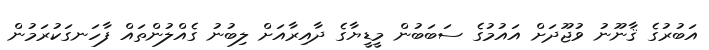
އަބުރުގެ ޤާނޫނު ވުޖޫދަށް އައުމުގެ ސަބަބުން މީޑީޔާގެ ދާއިރާއަށް ލިބުނު ގެއްލުންތައް ފާހަނގަކުރަމުން